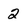
Character: 2